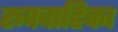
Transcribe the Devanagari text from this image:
रूपवाहिका